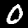
Label: 0